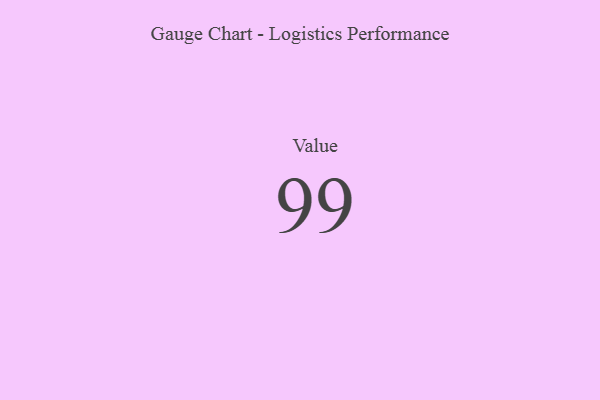
{"axis": {"x": "Metric", "y": "Value"}, "legend": [""], "data": [{"x": "Value", "y": 99, "type": ""}]}